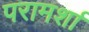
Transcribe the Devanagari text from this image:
परामर्शा